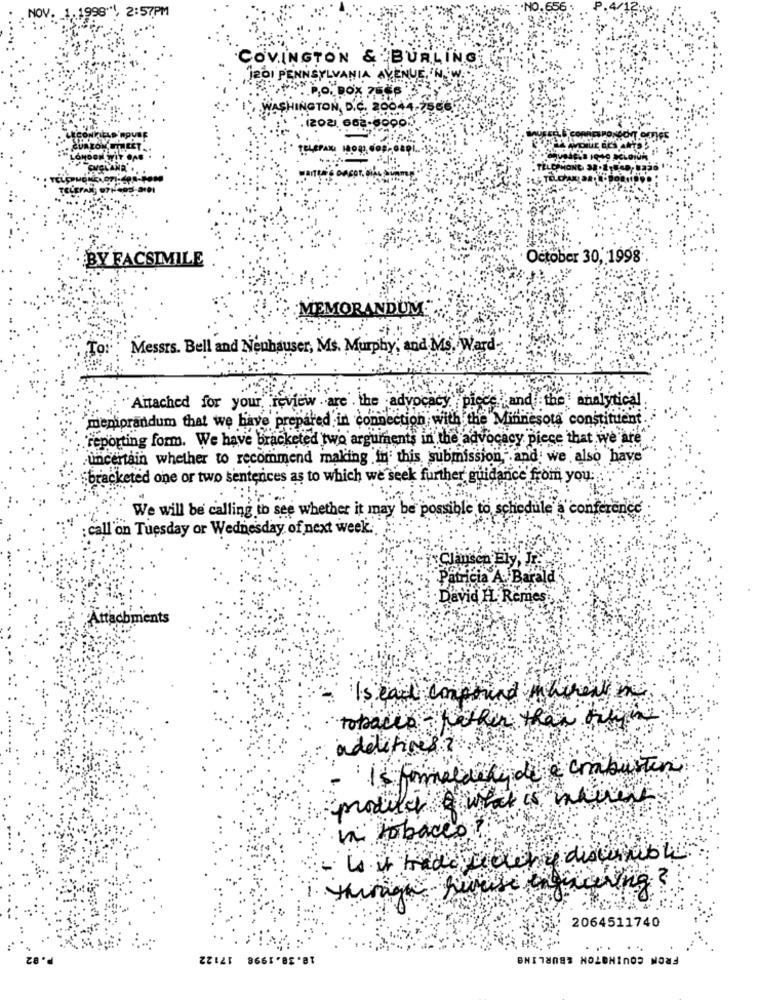
NOV
1998", 2:57PM
COVINGTON & BURLING
I201 PENNSYLVANIA
QUE.
BOX
SHINGTON, D.C. 2004
.(202).
sünmy
BY FACSIMILE
October 30, 1998
MEMORANDUM
Messrs. Bell and Neuhauser, Ms. Murphy, and Ms. Ward
Attached for your review are the advocacy
pices and the analytical
meniprandum that we have prepared in connecti
infection with the Minnesota constituent.
reporting form. We have bracketed two arguments in the advocacy piece that we are"
uncertain whether to recommend making in this, submission and we also have
bracketed one or two sentences as to which we seek further guidance from you.
We will be calling to see whether it may be possible to schedule a conference
call'on Tuesday or Wednesday of next week ..
Clausen Fly, Jr
Patricia A. Barald
David H. Remes
ments
Is earl compound wherey
tobacco other than the!
additives ?
malaux de e conbustin
product of what is where
vi tobacco
.2
2064511740
.....
FROM COUINGTON &BURLING